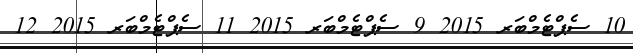
10 ސެޕްޓެމްބަރ 2015 9 ސެޕްޓެމްބަރ 2015 11 ސެޕްޓެމްބަރ 2015 12